[Report on the health of British troops in the Madras command]
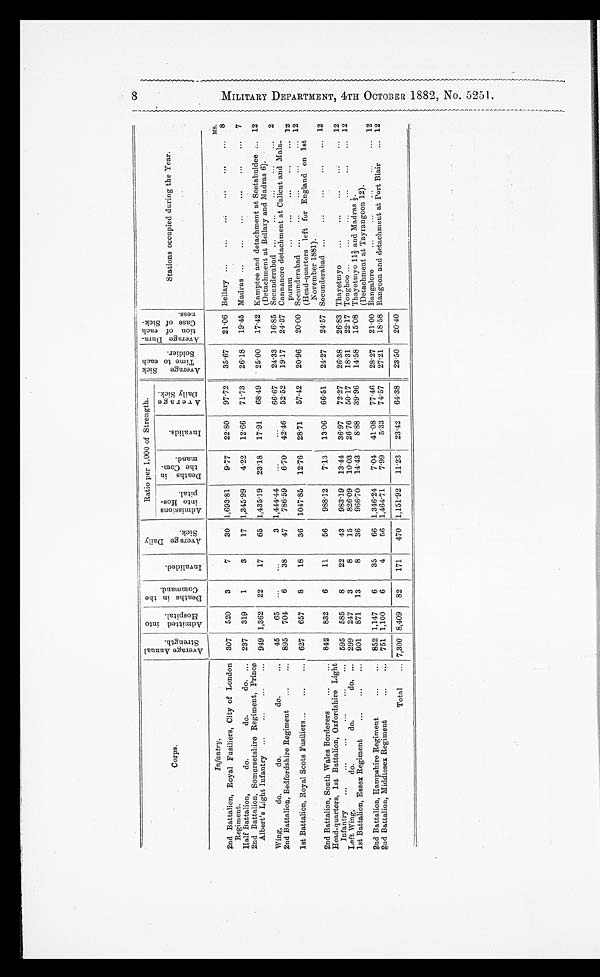
Corps.
A v e r a g e A n n u a l S t r e n g t h .
A d m i t t e d i n t o H o s p i t a l . D e a t h s i n t h e C o mma n d .
I nva l i de d.
A v e r a g e D a i l y S i c k .
Ratio per 1,000 of Strength.
A v e r a g e S i c k T i m e t o e a c h S o l d i e r .
A v e r a g e D u r a t i o n o f e a c h C a s e o f S i c k n e s s .
Stations occupied during the Year.
8 M I L I T A R Y D E P A R T M E N T , 4 T H o C T O B E R 1 8 8 2 , N O . 5 2 5 1 .
Admi s s i on i nt o Hos pi t al .
De a t h s i n t h e Co mma n d .
I nval i ds .
A v e r a g e D a i l y S i c k .
Infantry.
MS.
2nd Battalion, Royal Fusiliers, City of London
Regiment.
307 520
3
7
30 1,693.81
9.77
22.80 97.72
35.67
21.06 Bellary ...
. . . . . . . . . . . . . . .
8
Half Battalion,
do.
do.
do. ... 237 319
1
3
17 1,345.99
4.22
12.66
71.73
26.18
19.45 Madras ...
...
...
...
...
... 7
2nd Battalion, Somersetshire Regiment, Prince
Albert's Light Infantry ...
...
...
... 949 1,362 22
17
65 1,435.19 23.18
17.91
68.49 25.00
17.42 Kamptee and detachment at Seetabuldee ...
(Detachment at Bellary and Madras 6).
12
Wing,
do.
do.
do. . . .
45
65 ...
...
3 1,444.44
...
...
66.67
24.33
16.85 Secunderabad ...
...
...
...
... 2
2nd Battalion, Bedfordshire Regiment
...
... 895 704
6
38
47
786.59
6.70
42.46 52.52
19.17
24.37 Cannanore detachment at Calicut and Mala-
p u r a m
12
1st Battalion, Royal Scots Fusiliers...
... ... 627 657
8
18
36 1047.85 12.76
28.71
57.42
20.96
20.00 Secunderabad ...
...
...
...
...
(Head-quarters left for England on 1st
November 1881).
12
2nd Battalion, South Wales Borderers
...
... 842 832
6
11
56
988.12
7.13
13.06
66.51
24.27
24.57 Secunderabad ...
..:
...
...
... 12
Head-quarters, 1st Battalion, Oxfordshire Light
Infantry
...
...
... ...
...
... 595 585
8
22
43
983.19 13.44
36.97
72.27
26.38
26.83 Thayetmyo
...
...
... ... ...
12
Left Wing,
do.
do.
do. ... 299 247
3
8
15
826.09
10.03
26.76
50.17
18.31
22.17 Tonghoo ...
...
...
...
...
... 12
1st Battalion, Essex Regiment
...
...
... 901 871 13
8
36
966.70 14.43
8.88
39.96
14.58
15.08 Thayetmyo 112/3 and Madras 1/3.
(Detachment at Tayrangoon 12).
Bangal or e . . . . . . . . . . . . . . .
12
2nd Battalion, Hampshire Regiment ... ...
852 1,147
6
35 66
1,346.24
7.04
41.08
77.46
28.27
21.00
2nd Battalion, Middlesex Regiment
. . . . . . .
751 1,100
6
4
56 1,464.71
7.99
5.33
74.57
27.21
18.58 Rangoon and detachment at Port Blair
... 12
Total
... 7,300 8,409 82
171
470 1,151.92 11.23
23.42
64.38
23.50
20.40